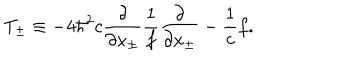
T _ { \pm } \equiv - 4 { \hbar } ^ { 2 } c \frac { \partial } { \partial x _ { \pm } } \frac { 1 } { f } \frac { \partial } { \partial x _ { \pm } } - \frac { 1 } { c } f .